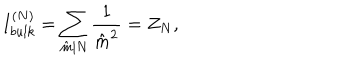
LaTeX: { I _ { b u l k } ^ { ( N ) } = \sum _ { \hat { m } | N } { \frac { 1 } { { \hat { m } } ^ { 2 } } } = Z _ { N } , }